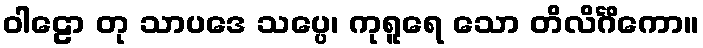
ဝါဠော တု သာပဒေ သပ္ပေ၊ ကုရူရေ သော တိလိင်္ဂိကော။